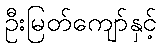
ဦးမြတ်ကျော်နှင့်